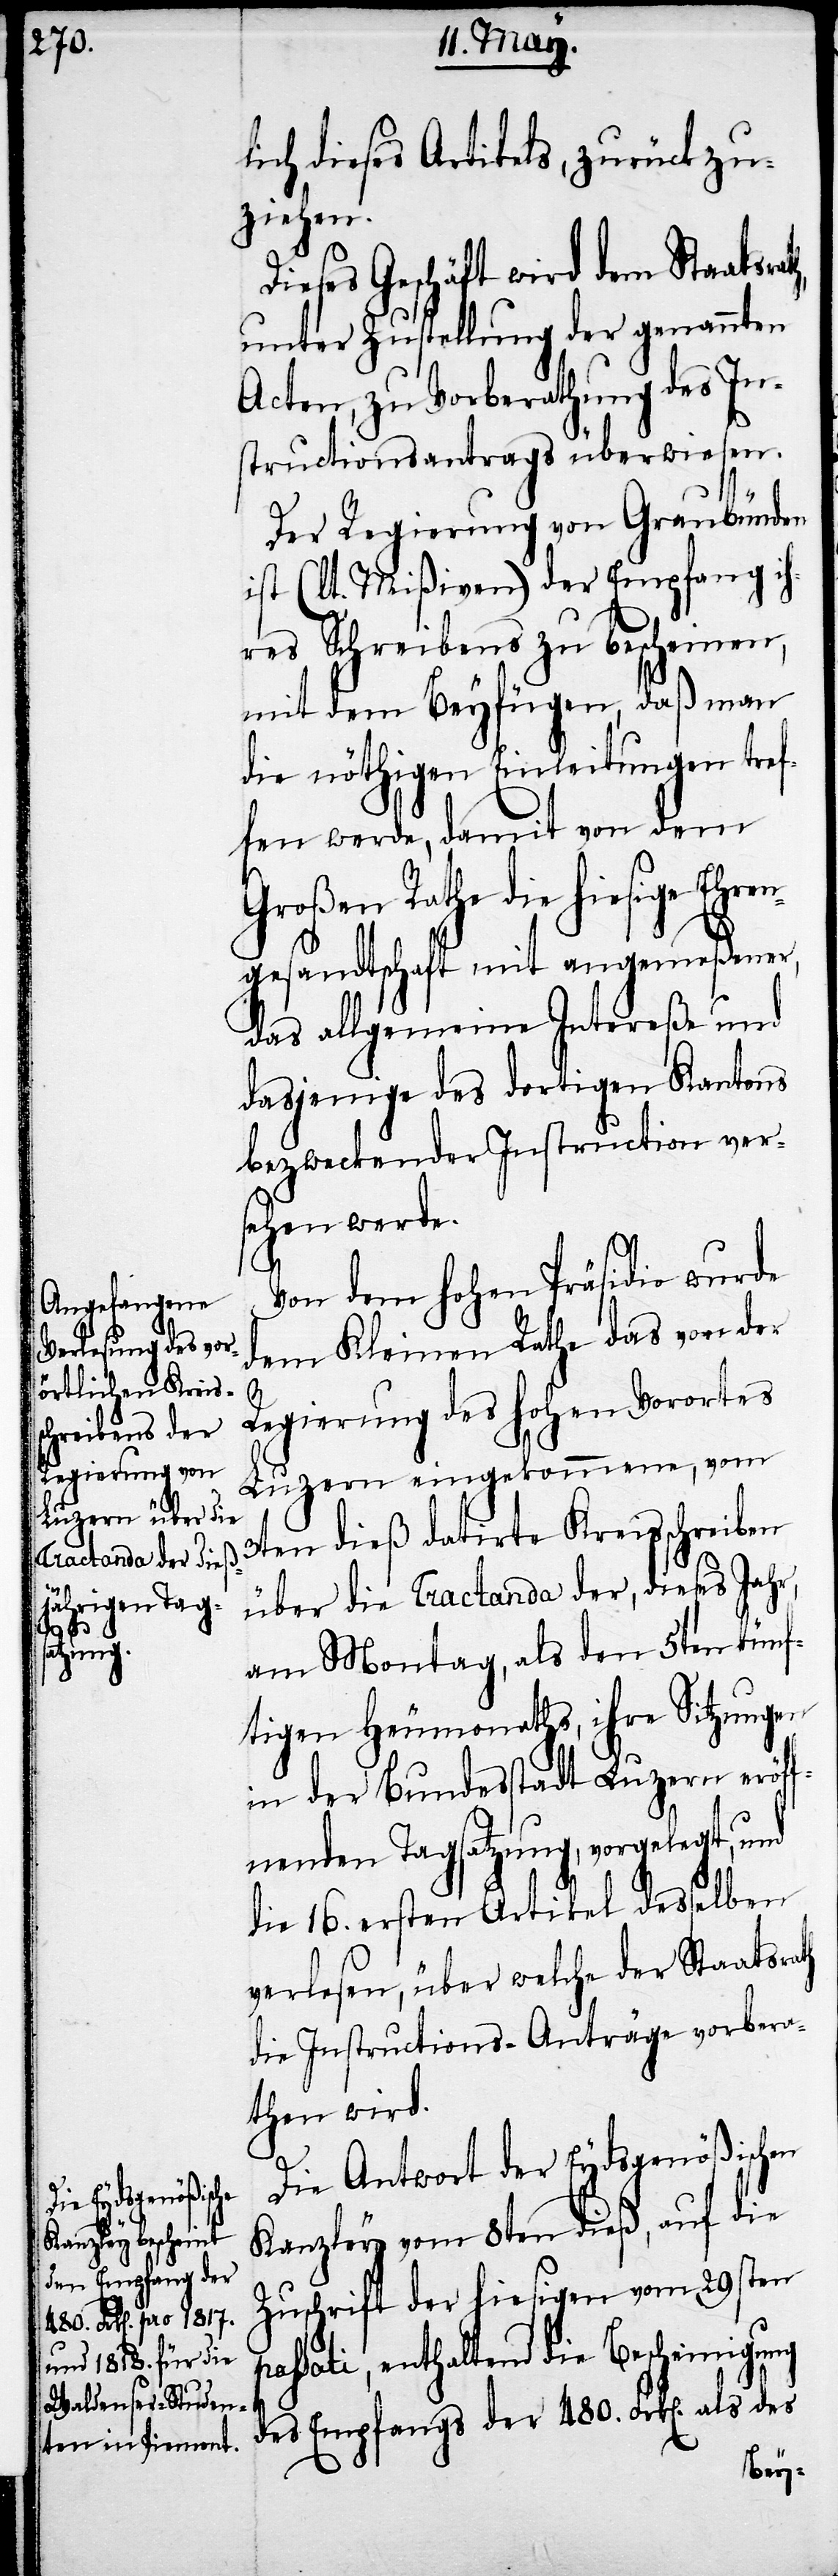
ich dieses Artikels, zurückzu¬
ziehen.
Dieses Geschäft wird dem Staatsr¬
unter Zustellung der genannten
Acten, zu Vorberathung des In¬
structionsantrags überwiesen.
Der Regierung von Graubünden
ist (lt. Mißiven) der Empfang i¬
hres Schreibens zu bescheinen,
mit dem Beyfügen, daß man
die nöthigen Einleitungen tref¬
fen werde, damit von dem
Großen Rathe die hiesige Ehren¬
gesandtschaft mit angemeßener,
das allgemeine Intereße und
dasjenige des dortigen Kantons
bezweckender Instruction ver¬
sehen werde.
Von dem hohen Präsidio wurde
dem Kleinen Rathe das von der
p¬
Regierung des hohen Vorortes
Luzern eingekommene, vom
3ten dieß datirte Kreisschreiben
über die Tractanda der, dieses Jahr,
am Montag, als den 5ten künf¬
tigen Heumonaths, ihre Sitzungen
in der Bundesstadt Luzern eröf¬
fnenden Tagsatzung, vorgelegt, und
die 16. ersten Artikel desselben
verlesen, über welche der Staatsrath
die Instructions-Anträge vorbera¬
then wird.
Die Antwort der Eydsgenößischen
Kanzley vom 8ten dieß, auf die
Zuschrift der hiesigen vom 29sten
assati, enthaltend die Bescheinigung
des Empfangs der 480. Frk[en]. als des